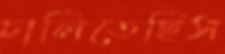
চালিতেছিস